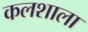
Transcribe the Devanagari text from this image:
कलशाला